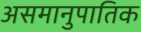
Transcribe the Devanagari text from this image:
असमानुपातिक